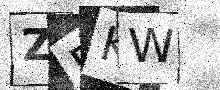
Text: ZFKW